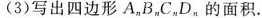
(3)写出四边形A_{n}B_{n}C_{n}D_{n}的面积.